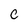
Character: C